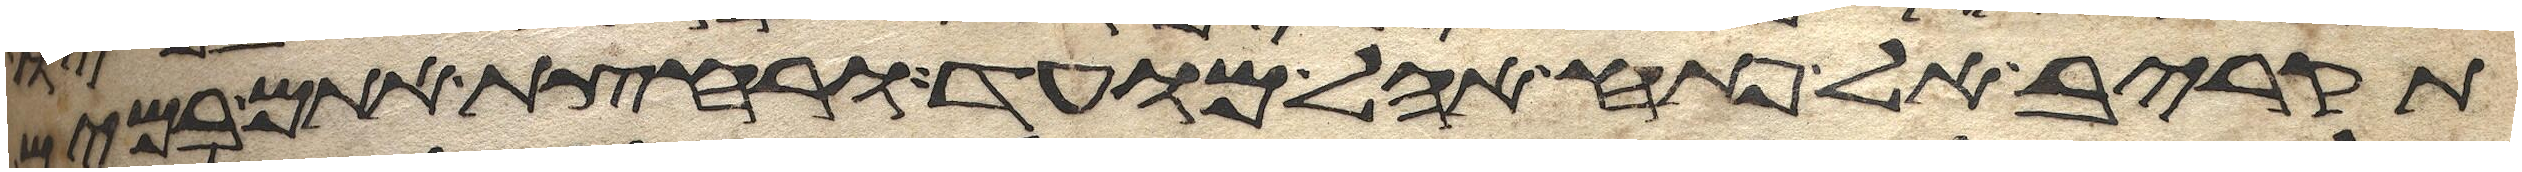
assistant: תקריב אל פתח אהל מועד ורחצת אתם במים